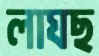
লাঘছ